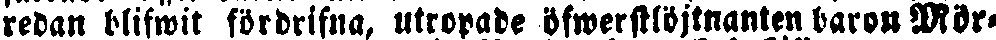
redan blifwit fördrifna, utropade öfwerstlöjtnanten baron Mör-